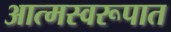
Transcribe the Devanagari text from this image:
आत्मस्वरूपात